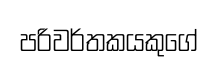
පරිවර්තකයකුගේ